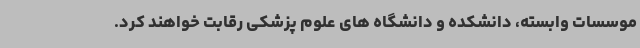
موسسات وابسته، دانشکده و دانشگاه های علوم پزشکی رقابت خواهند کرد.